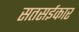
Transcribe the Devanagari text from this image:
सतसईकार